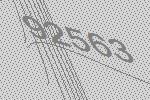
92563